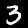
Digit: 3